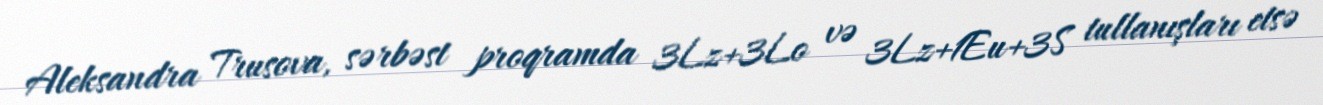
Aleksandra Trusova, sərbəst proqramda 3Lz+3Lo və 3Lz+1Eu+3S tullanışları etsə